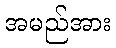
အမည်အား